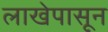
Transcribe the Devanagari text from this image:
लाखेपासून